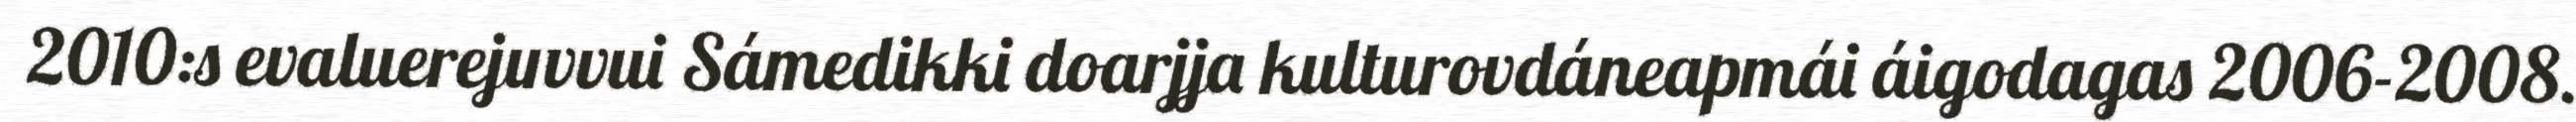
2010:s evaluerejuvvui Sámedikki doarjja kulturovdáneapmái áigodagas 2006-2008.